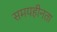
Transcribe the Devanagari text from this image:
समयहीनता